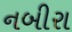
નબીરા